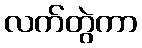
လက်တွဲကာ